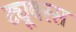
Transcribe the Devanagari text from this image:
ट्यूबरस